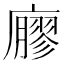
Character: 廫